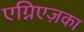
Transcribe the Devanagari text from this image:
एग्निएज़का